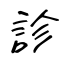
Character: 診